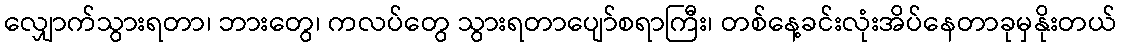
လျှောက်သွားရတာ၊ ဘားတွေ၊ ကလပ်တွေ သွားရတာပျော်စရာကြီး၊ တစ်နေ့ခင်းလုံးအိပ်နေတာခုမှနိုးတယ်